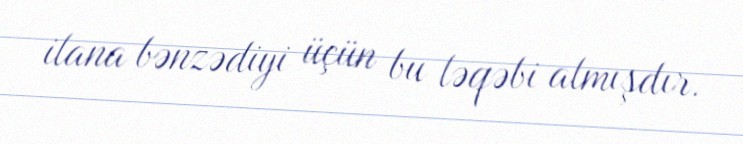
ilana bənzədiyi üçün bu ləqəbi almışdır.